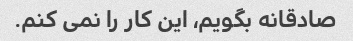
صادقانه بگویم، این کار را نمی کنم.